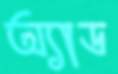
অ্যাড